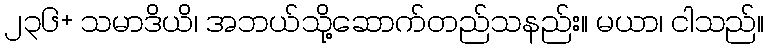
၂၃၆+ သမာဒိယိ၊ အဘယ်သို့ဆောက်တည်သနည်း။ မယာ၊ ငါသည်။